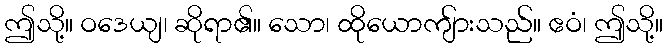
ဤသို့။ ဝဒေယျ၊ ဆိုရာ၏။ သော၊ ထိုယောကျ်ားသည်။ ဧဝံ၊ ဤသို့။